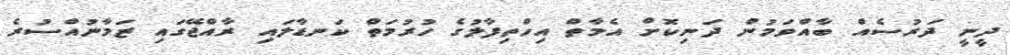
ދީނީ ދަރުސެއް ބާއްވަމުން ދަނިކޮށް އެމާތް އިހްތިފާލުގެ ހުރުމަތް ކަނޑާލައި ރާއްޖޭގައި ޒަމާނުއްސުރެ